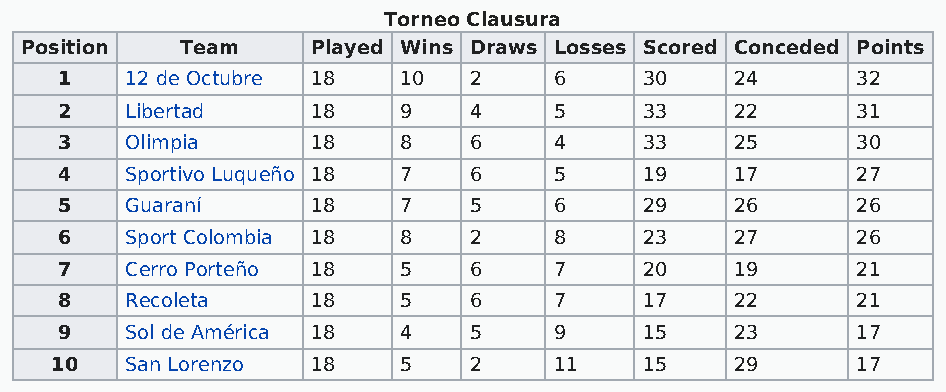
Torneo Clausura
 Position   Team     Played Wins Draws Losses Scored Conceded Points
 1   12 de Octubre 18  10   2     6     30    24      32
 2   Libertad     18   9    4     5     33    22      31
 3   Olimpia      18   8    6     4     33    25      30
 4   Sportivo Luqueño 18 7  6     5     19    17      27
 5   Guaraní      18   7    5     6     29    26      26
 6   Sport Colombia 18 8    2     8     23    27      26
 7   Cerro Porteño 18  5    6     7     20    19      21
 8   Recoleta     18   5    6     7     17    22      21
 9   Sol de América 18 4    5     9     15    23      17
 10   San Lorenzo  18   5    2     11    15    29      17